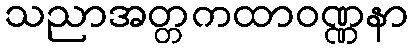
သညာအတ္တကထာဝဏ္ဏနာ